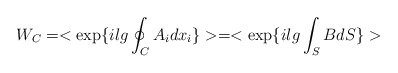
\begin{align*}W_C= <\exp\{ilg\oint_C A_{i}dx_{i}\}> = <\exp\{ilg\int_SBdS\}>\end{align*}